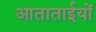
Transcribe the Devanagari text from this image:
आताताईयों